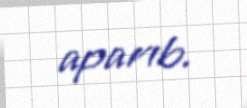
aparıb.